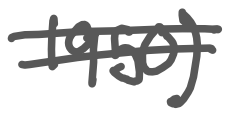
Text: 1950)
Cross-out: mix
Writing tool: digital_gray